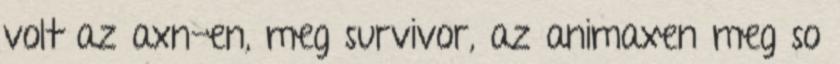
volt az axn-en, meg survivor, az animaxen meg so